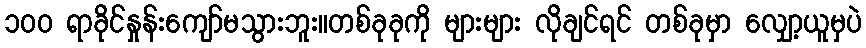
၁၀၀ ရာခိုင်နှုန်းကျော်မသွားဘူး။တစ်ခုခုကို များများ လိုချင်ရင် တစ်ခုမှာ လျှော့ယူမှပဲ